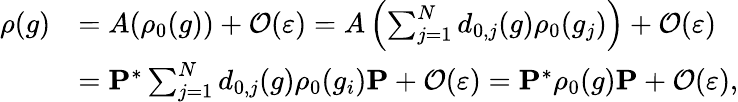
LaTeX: \begin{array}{rl}{\rho(g)}&{=A(\rho_{0}(g))+\mathcal{O}(\varepsilon)=A\left(\sum_{j=1}^{N}d_{0,j}(g)\rho_{0}(g_{j})\right)+\mathcal{O}(\varepsilon)}\\ &{=\mathbf{P}^{*}\sum_{j=1}^{N}d_{0,j}(g)\rho_{0}(g_{i})\mathbf{P}+\mathcal{O}(\varepsilon)=\mathbf{P}^{*}\rho_{0}(g)\mathbf{P}+\mathcal{O}(\varepsilon),}\end{array}